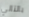
بالتالي